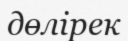
дөлірек